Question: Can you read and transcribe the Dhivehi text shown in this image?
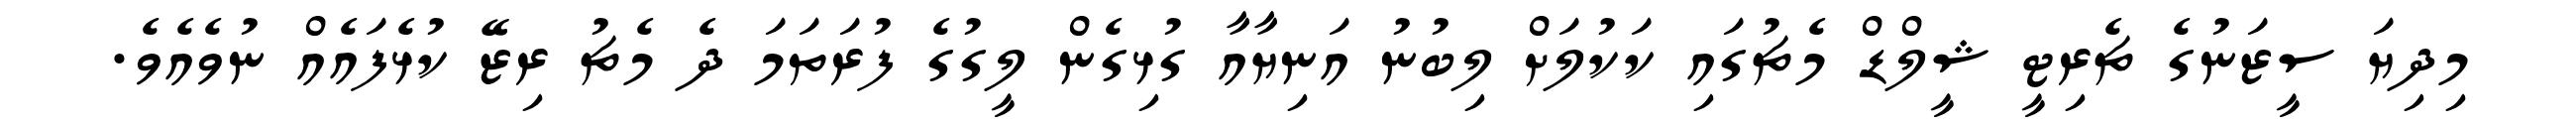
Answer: މިދިޔަ ސީޒަނުގެ ޗެރިޓީ ޝީލްޑް މެޗުގައި ކަކުލަށް ލިބުނު އަނިޔާއާ ގުޅިގެން ލީގުގެ ފުރަތަމަ ދެ މެޗު ރިޒޭ ކުޅެފައެއް ނުވެއެވެ.